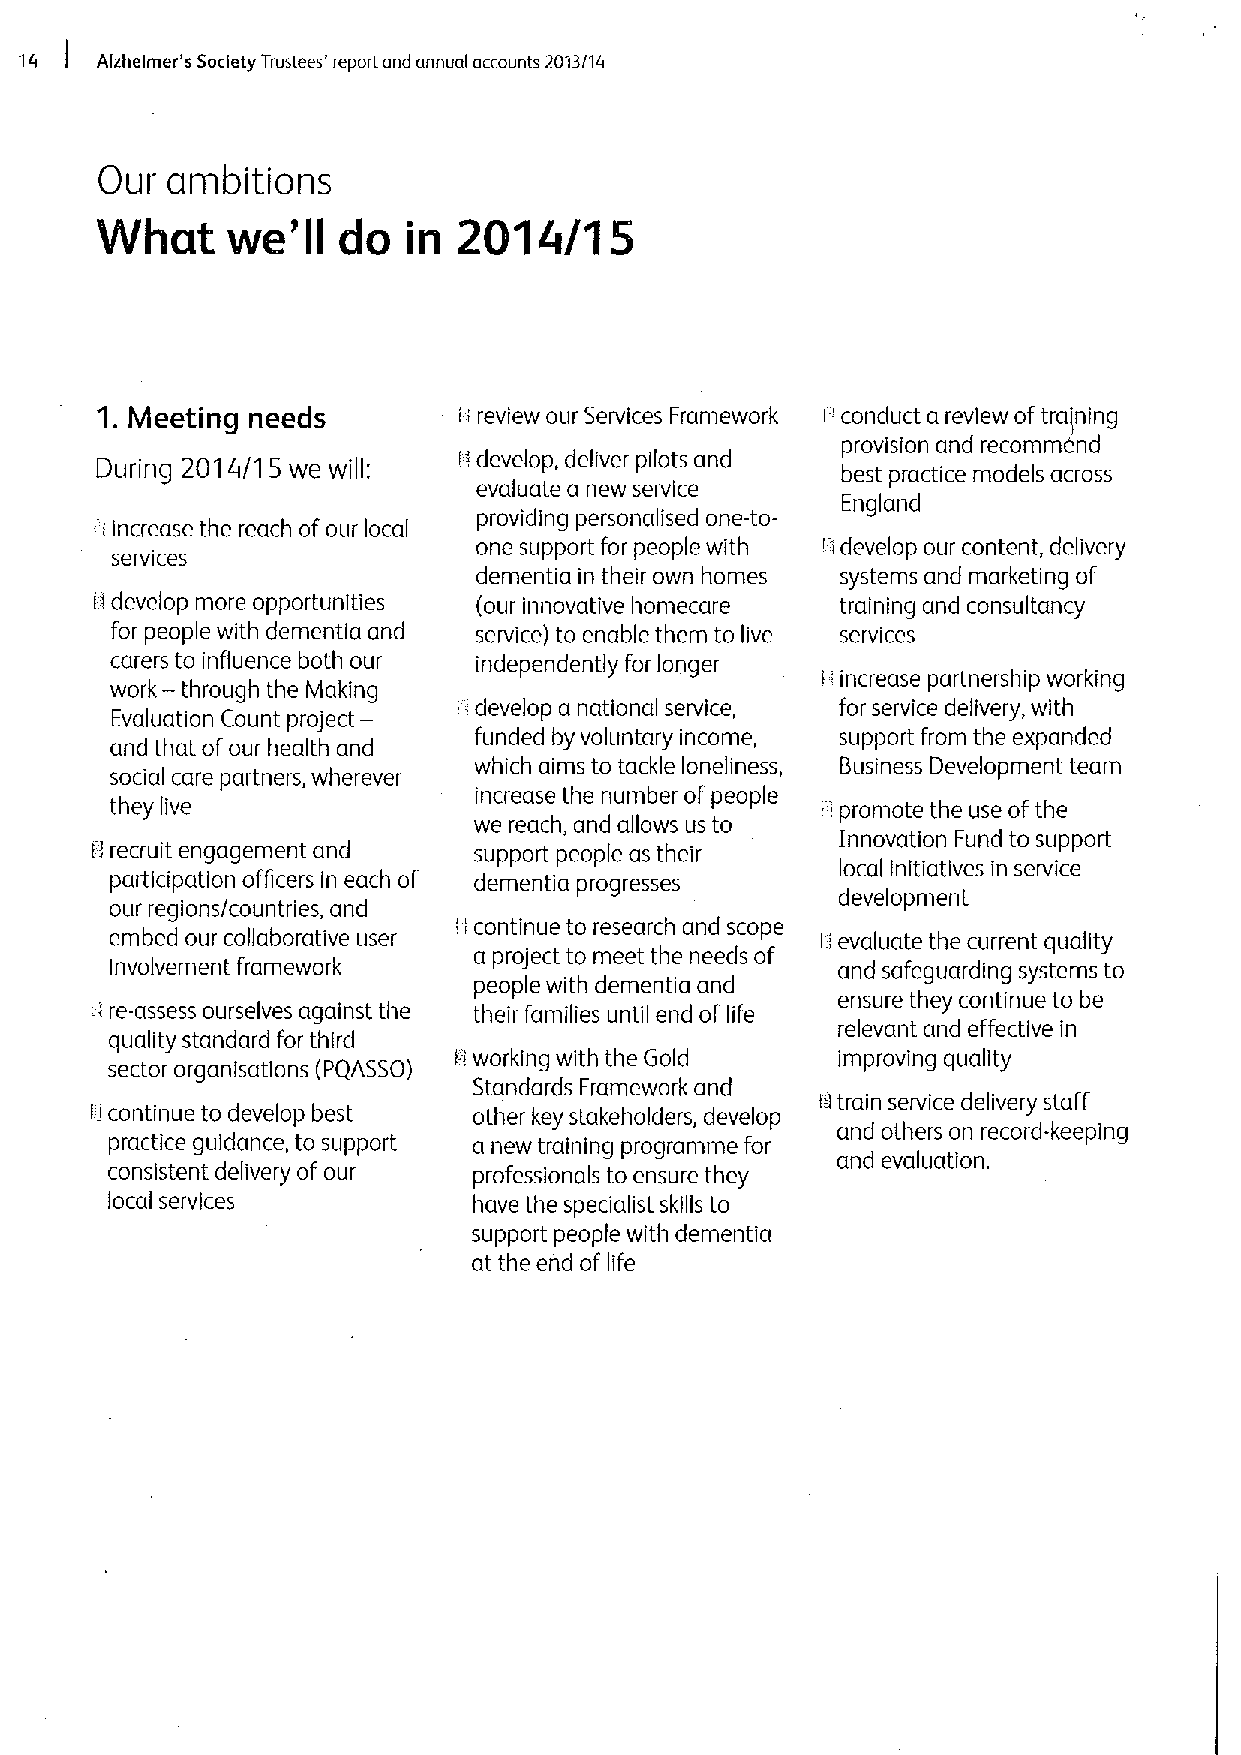
/ttzhelmer's Society Trustees' report and annual accounts 2013/1/r
 Our ambitions
 What     we'    do      2014/15
 in
 ll
 1. Meeting needs
 i
 ' review our Services Framework
 I
 conduct a review oftraining
 provision and recommend
 During 20'1 4/1S we will: Ii develop, deliver pilots and best practice models across
 evaluate a new service
 England
 providing personalised one-to-
 ti Increase the reach ofour local
 services                 one support for people with r rdevelop our content, delivery
 dementia in their own homes systems and marketing of
 r!develop more opportunities (our innovative homecare training and consultancy
 for people with dementia and service) to enable them to live services
 carers to influence both our independently for longer
 —                                          I:increase partnership working
 work through the Making
 Evaluation Count project- I develop a national service, for service delivery, with
 and that ofour health and funded by voluntary income, support from the expanded
 which aims to tackle loneliness, Business Development team
 social care partners, wherever
 increase the number ofpeople
 they live                                        promote the use ofthe
 we reach, and allows us to II
 Innovation Fund to support
 II recruit engagement and support people as their
 participation officers in each of dementia progresses local Initiatives in service
 development
 our regions/countries, and
 'I continue to research and scope
 embed our collaborative user                    evaluate the current quality
 a project to meet the needs of I I
 Involvement framework                           and safeguarding systems to
 people with dementia and
 ensure they continue to be
 ft re-assess ourselves against the their families until end of life
 relevant and effective in
 quality standard for third
 Ii working with the Gold improving quality
 sector organisatlons (PQASSO)
 Standards Framework and
 li continue to develop best other key stakeholders, develop I-I train service delivery staff
 and others on record-keeping
 practice guidance, to support a new training programme for
 and evaluation.
 consistent delivery of our professionals to ensure they
 local services          have the specialist skills to
 support people with dementia
 at the end of life